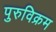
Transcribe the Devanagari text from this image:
पुरुविक्रम